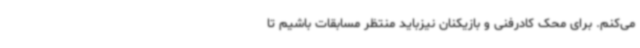
می‌کنم. برای محک کادرفنی و بازیکنان نیزباید منتظر مسابقات باشیم تا